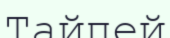
Тайпей